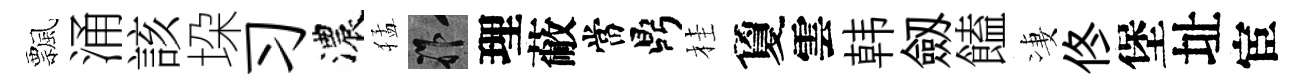
飄涌該垜习濃猛祚理蔽當鼎桂夐雲韩劔饁凄佟堡址宦